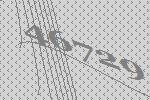
46729